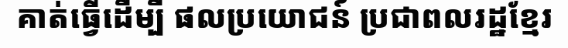
គាត់ធ្វើដើម្បី ផលប្រយោជន៍ ប្រជាពលរដ្ឋខ្មែរ